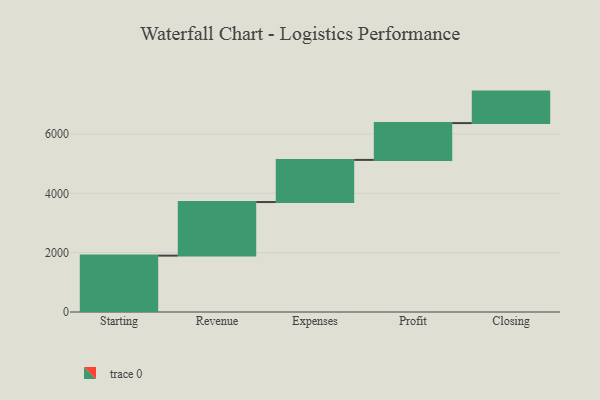
{"axis": {"x": "Step", "y": "Value"}, "legend": [""], "data": [{"x": "Starting", "y": 1900.0, "type": ""}, {"x": "Revenue", "y": 1806.0, "type": ""}, {"x": "Expenses", "y": 1420.0, "type": ""}, {"x": "Profit", "y": 1241.0, "type": ""}, {"x": "Closing", "y": 1061.0, "type": ""}]}